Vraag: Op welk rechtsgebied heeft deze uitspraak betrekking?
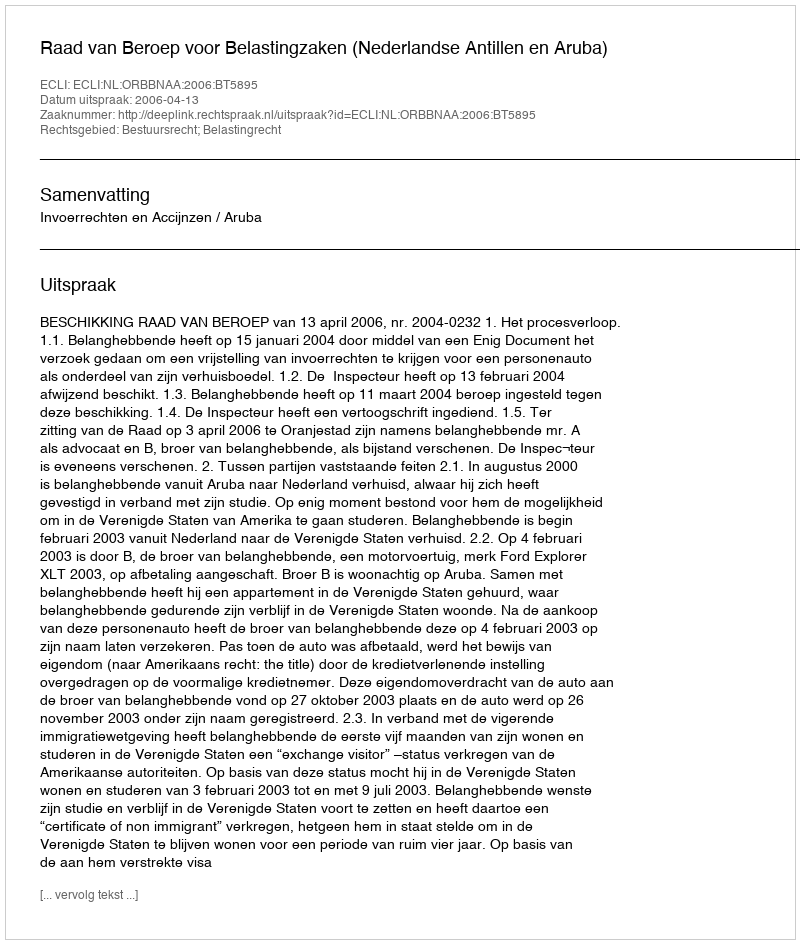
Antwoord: Bestuursrecht; Belastingrecht